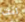
انت